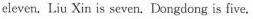
eleven. Liu Xin is seven. Dongdong is five.